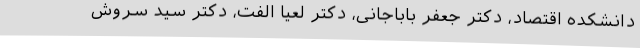
دانشکده اقتصاد، دکتر جعفر باباجانی، دکتر لعیا الفت، دکتر سید سروش